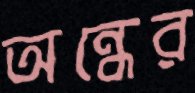
অন্ধের